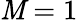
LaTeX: \mathit{M}=1